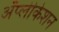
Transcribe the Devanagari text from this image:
ॲप्लीकेशन